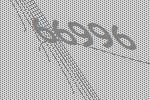
66996